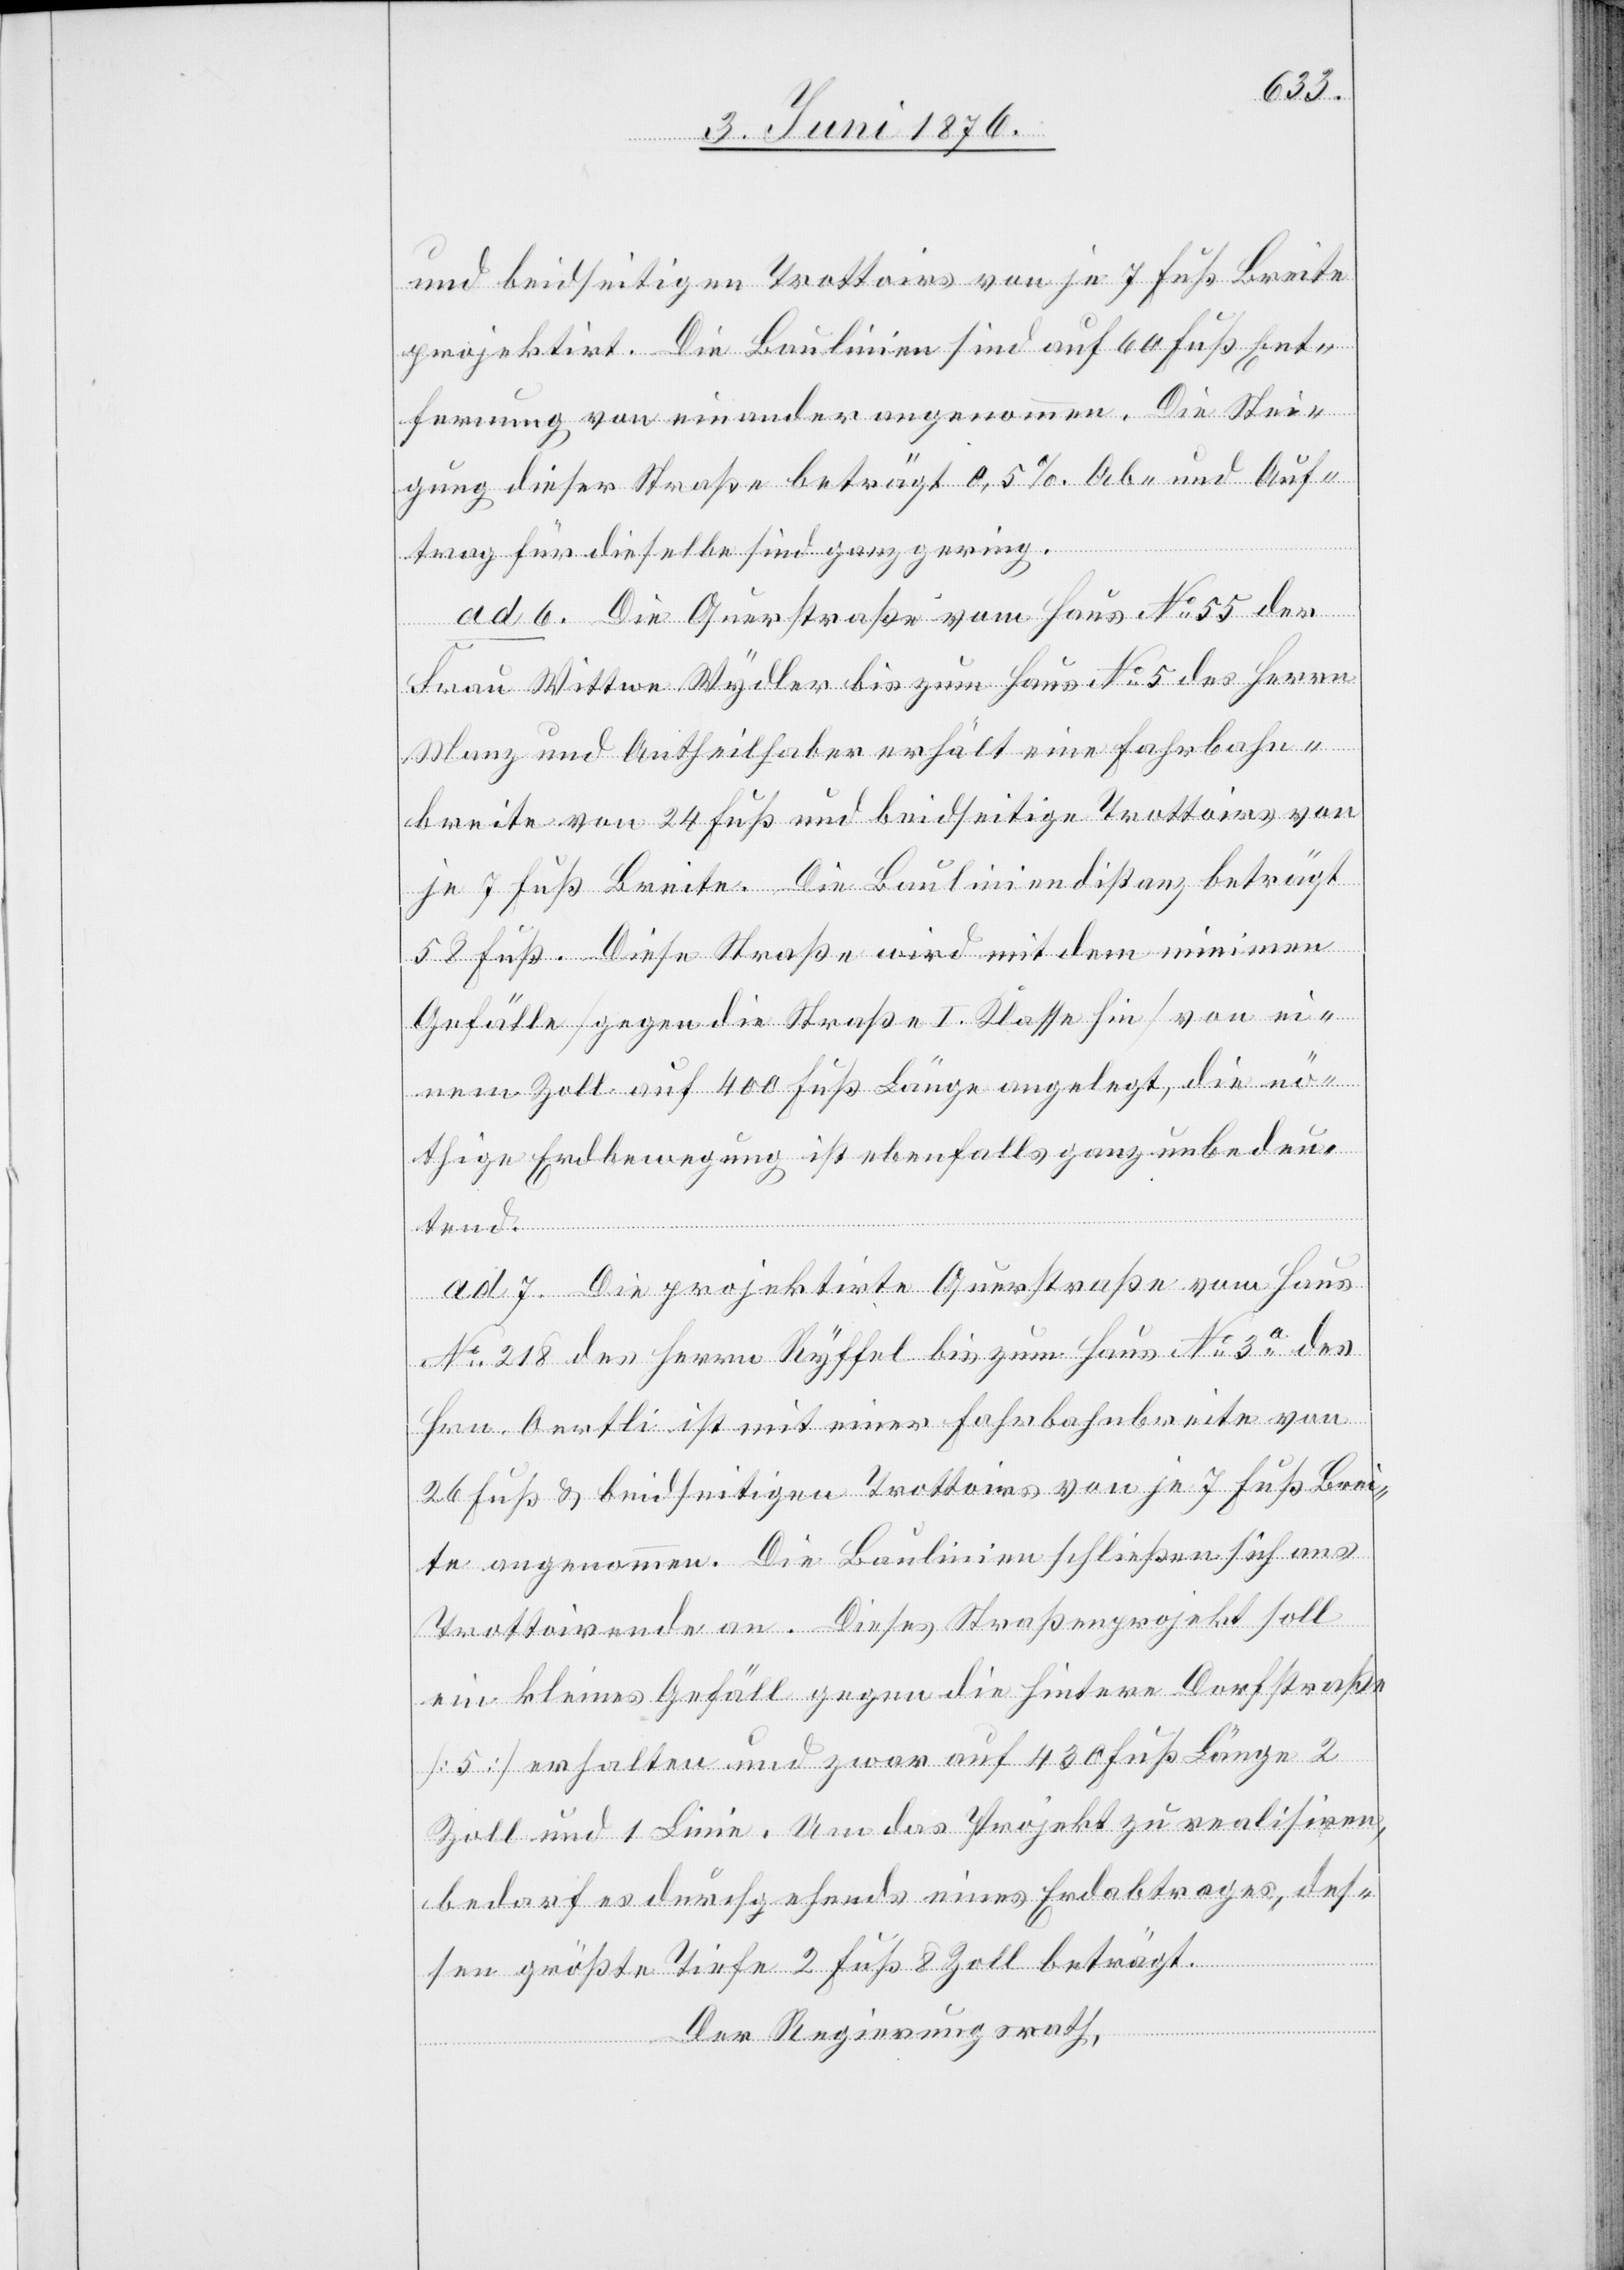
und beidseitigen Trottoirs von je 7 Fuß Breite
projektirt. Die Baulinien sind auf 60 Fuß Ent¬
fernung von einander angenommen. Die Stei¬
gung dieser Straße beträgt 0,5 %. Ab- und Auf¬
trag für dieselbe sind ganz gering.
ad 6. Die Querstraße vom Haus No 55 der
Frau Wittwe Wydler bis zum Haus No 5 des Herrn
Manz und Antheilhaber erhält eine Fahrbahn¬
breite von 24 Fuß und beidseitige Trottoirs von
je 7 Fuß Breite. Die Bauliniendistanz beträgt
58 Fuß. Diese Straße wird mit dem minimen
Gefälle [gegen die Straße I. Klasse hin] von ei¬
nem Zoll auf 400 Fuß Länge angelegt, die nö¬
thige Erdbewegung ist ebenfalls ganz unbedeu¬
tend.
ad 7. Die projektirte Querstraße vom Haus
No 218 des Herrn Ryffel bis zum Haus No 3a des
Hrn. Oertli ist mit einer Fahrbahnbreite von
26 Fuß & beidseitigen Trottoirs von je 7 Fuß Brei¬
te angenommen. Die Baulinien schließen sich ans
Trottoirende an. Dieses Straßenprojekt soll
ein kleines Gefäll gegen die hintere Dorfstraße
[5] erhalten und zwar auf 430 Fuß Länge 2
Zoll und 1 Linie. Um das Projekt zu realisieren,
bedarf es durchgehends eines Endabtrages, des¬
sen größte Tiefe 2 Fuß & 8 Zoll beträgt.
Der Regierungsrath,